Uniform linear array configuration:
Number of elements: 4
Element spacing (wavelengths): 0.5
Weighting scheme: exponential
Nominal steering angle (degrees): -15
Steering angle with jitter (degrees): -16.038
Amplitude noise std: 0.05
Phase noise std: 0.05

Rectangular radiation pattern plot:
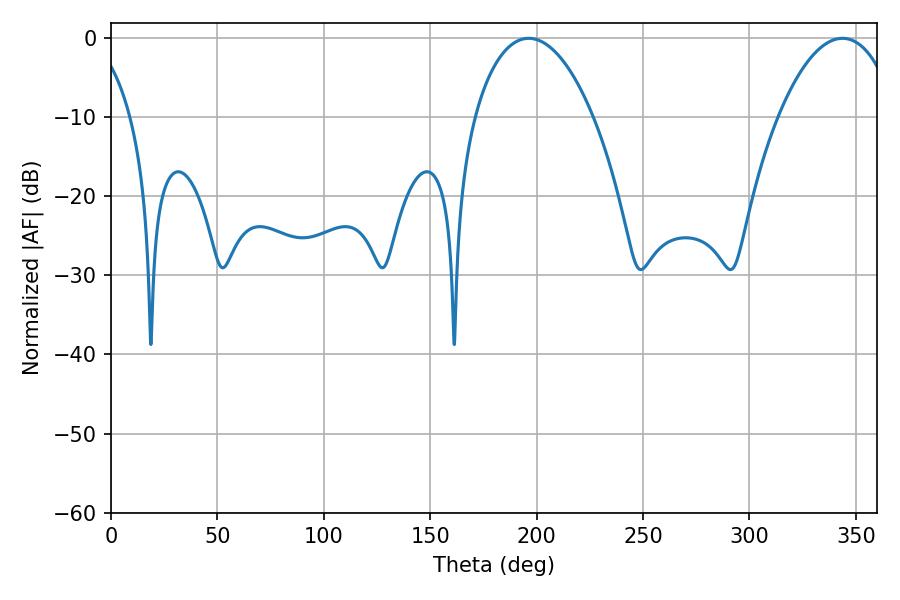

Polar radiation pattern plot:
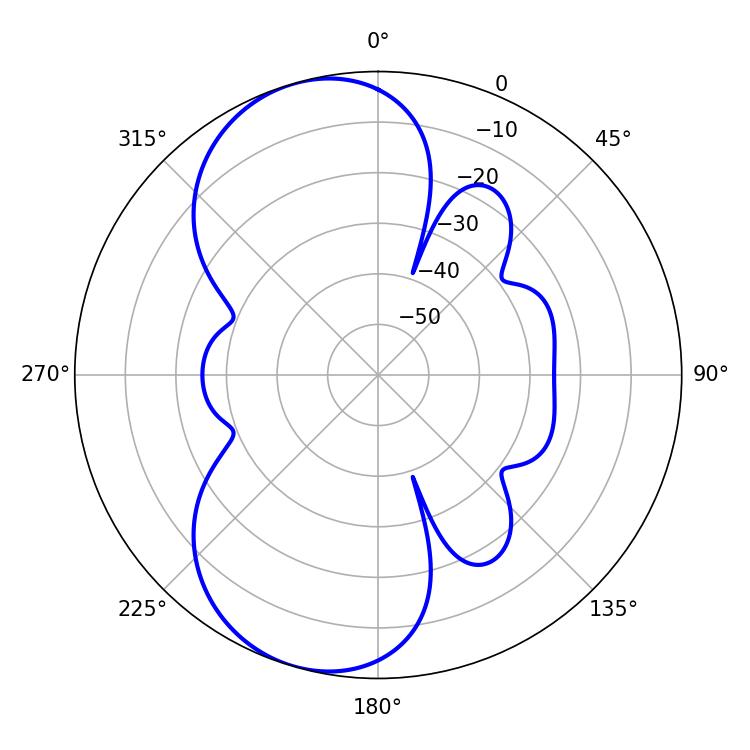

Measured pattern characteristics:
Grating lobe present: FALSE
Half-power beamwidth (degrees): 31.5
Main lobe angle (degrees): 196.2